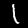
Label: 1